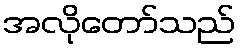
အလိုတော်သည်